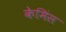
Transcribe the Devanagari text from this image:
केमिंस